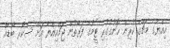
އިއްޔެގެ މެޗްގެ ކުރިން ހޮނުގުގުރި ޓީމުގެ ފަރާތުން ޖަމްއިއްޔާ އަށް ސްކޯރ ބޯޑެއް